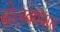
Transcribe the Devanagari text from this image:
बोलवण्यात